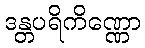
ဒန္တပရိကိဏ္ဏော